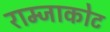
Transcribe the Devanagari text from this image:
राम्जाकोट